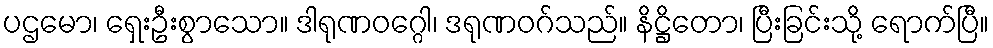
ပဌမော၊ ရှေးဦးစွာသော။ ဒါရုဏဝဂ္ဂေါ၊ ဒရုဏဝဂ်သည်။ နိဋ္ဌိတော၊ ပြီးခြင်းသို့ ရောက်ပြီ။